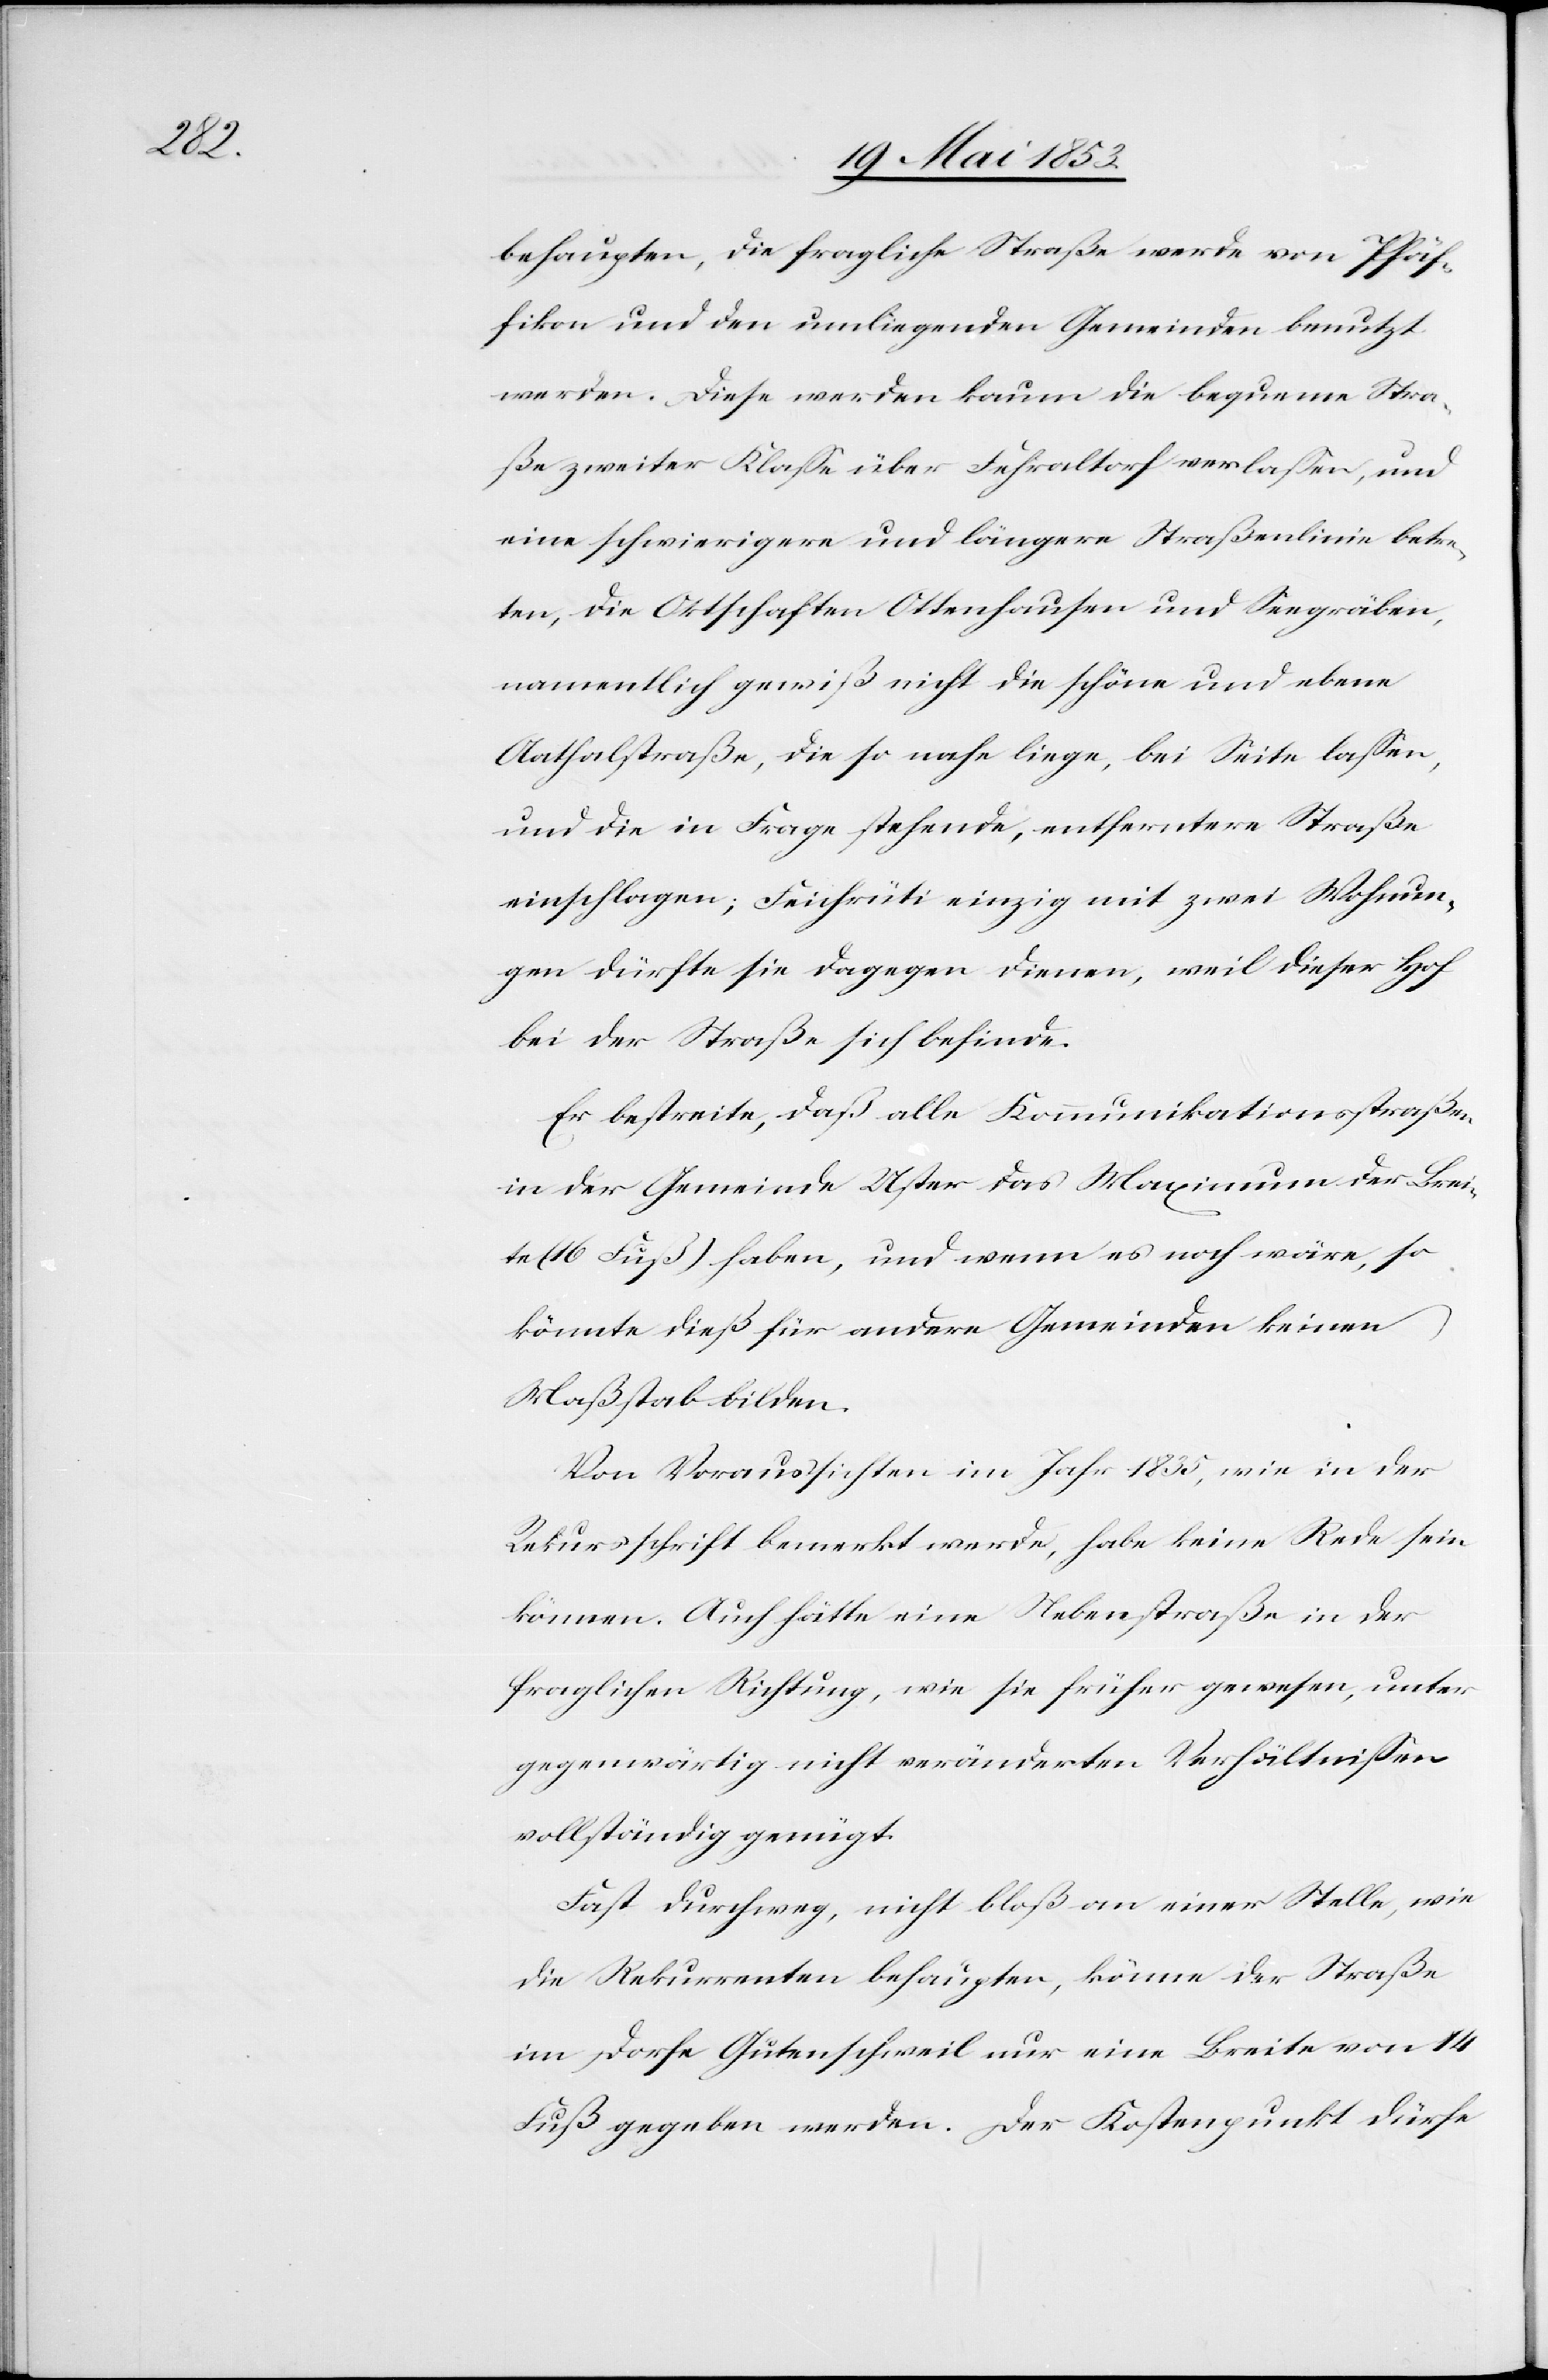
behaupten, die fragliche Straße werde von Pfäf¬
fikon und den umliegenden Gemeinden benutzt
werden. Diese werden kaum die bequeme Stra¬
ße zweiter Klaße über Fehraltorf verlaßen, und
eine schwierigere und längere Straßenlinie betre¬
ten, die Ortschaften Ottenhausen und Seegräben,
namentlich gewiß nicht die schöne und ebene
Aathalstraße, die so nahe liege, bei Seite laßen,
und die in Frage stehende, entferntere Straße
einschlagen; Feichrüti einzig mit zwei Wohnun¬
gen dürfte sie dagegen dienen, weil dieser Hof
bei der Straße sich befinde.
Er bestreite, daß alle Kommunikationsstraßen
in der Gemeinde Uster das Maximum der Brei¬
te (16 Fuß) haben, und wenn es noch wäre, so
könnte dieß für andere Gemeinden keinen
Maßstab bilden.
Von Voraussichten im Jahr 1835, wie in der
Rekursschrift bemerkt werde, habe keine Rede sein
können. Auch hätte eine Nebenstraße in der
fraglichen Richtung, wie sie früher gewesen, unter
gegenwärtig nicht veränderten Verhältnißen
vollständig genügt.
Fast durchweg, nicht bloß an einer Stelle, wie
die Rekurrenten behaupten, könne der Straße
im Dorfe Gutenschweil nur eine Breite von 14
Fuß gegeben werden. Der Kostenpunkt dürfe